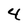
Character: 4